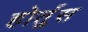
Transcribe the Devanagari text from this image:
होर्तुस